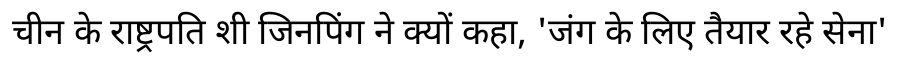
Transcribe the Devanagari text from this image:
चीन के राष्ट्रपति शी जिनपिंग ने क्यों कहा, 'जंग के लिए तैयार रहे सेना'